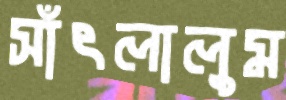
সাঁৎলালুম